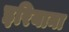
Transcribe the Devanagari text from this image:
इरियाना